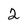
Character: 2